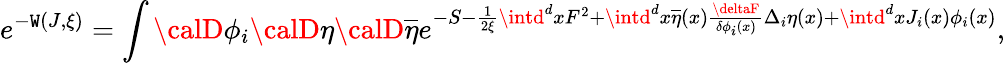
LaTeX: e^{-\mathtt{W}(J,\xi)}=\int{\calD}\phi_{i}{\calD}\eta{\calD}\overline{{{{\eta}}}}e^{-S-\frac{1}{{2\xi}}\intd^{d}xF^{2}+\intd^{d}x\overline{{{{\eta}}}}(x)\frac{{\deltaF}}{{\delta\phi_{i}(x)}}\Delta_{i}\eta(x)+\intd^{d}xJ_{i}(x)\phi_{i}(x)},